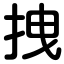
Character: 拽